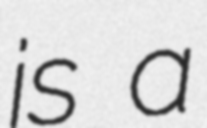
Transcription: is a